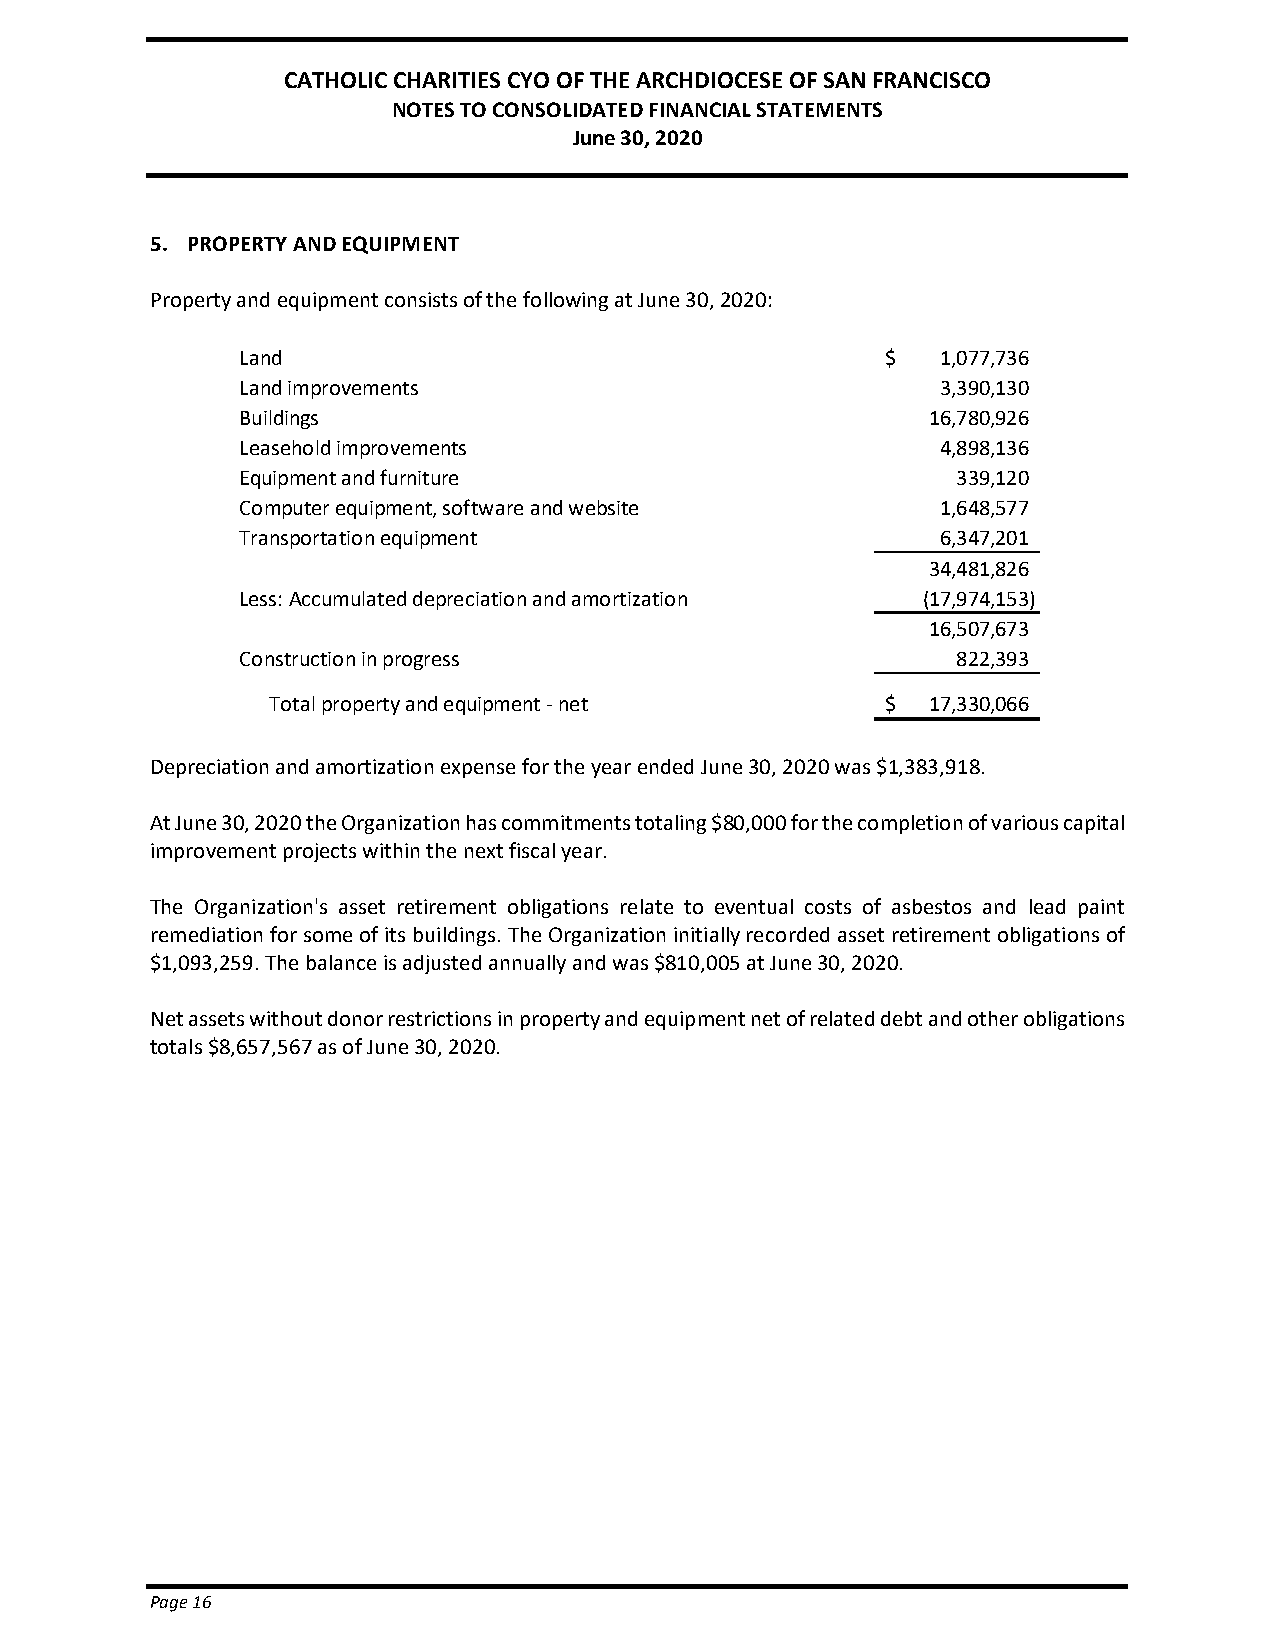
CATHOLIC CHARITIES CYO OF THE ARCHDIOCESE OF SAN FRANCISCO
 NOTES TO CONSOLIDATED FINANCIAL STATEMENTS
 June 30, 2020
 5. PROPERTY AND EQUIPMENT
 Property and equipment consists of the following at June 30, 2020:
 Land                                       $  1,077,736
 Land improvements                             3,390,130
 Buildings                                     16,780,926
 Leasehold improvements                        4,898,136
 Equipment and furniture                        339,120
 Computer equipment, software and website      1,648,577
 Transportation equipment                      6,347,201
 34,481,826
 Less: Accumulated depreciation and amortization (17,974,153)
 16,507,673
 Construction in progress                       822,393
 Total property and equipment - net       $  17,330,066
 Depreciation and amortization expense for the year ended June 30, 2020 was $1,383,918.
 At June 30, 2020 the Organization has commitments totaling $80,000 for the completion of various capital
 improvement projects within the next fiscal year.
 The Organization's asset retirement obligations relate to eventual costs of asbestos and lead paint
 remediation for some of its buildings. The Organization initially recorded asset retirement obligations of
 $1,093,259. The balance is adjusted annually and was $810,005 at June 30, 2020.
 Net assets without donor restrictions in property and equipment net of related debt and other obligations
 totals $8,657,567 as of June 30, 2020.
 Page 16